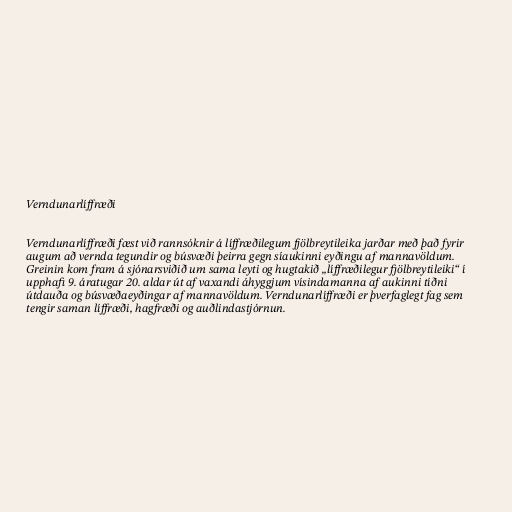
Verndunarlíffræði

Verndunarlíffræði fæst við rannsóknir á líffræðilegum fjölbreytileika jarðar með það fyrir
augum að vernda tegundir og búsvæði þeirra gegn síaukinni eyðingu af mannavöldum.
Greinin kom fram á sjónarsviðið um sama leyti og hugtakið „líffræðilegur fjölbreytileiki“ í
upphafi 9. áratugar 20. aldar út af vaxandi áhyggjum vísindamanna af aukinni tíðni
útdauða og búsvæðaeyðingar af mannavöldum. Verndunarlíffræði er þverfaglegt fag sem
tengir saman líffræði, hagfræði og auðlindastjórnun.